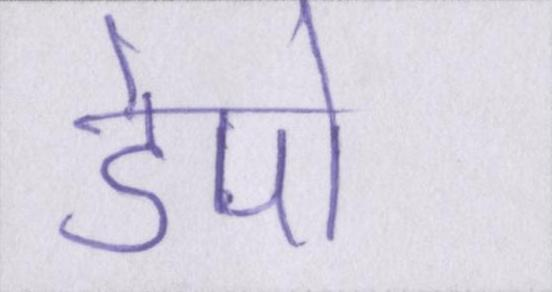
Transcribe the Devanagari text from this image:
डेपो